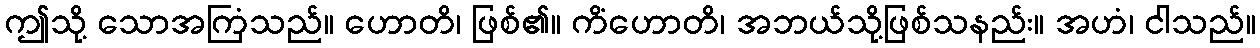
ဤသို့ သောအကြံသည်။ ဟောတိ၊ ဖြစ်၏။ ကိံဟောတိ၊ အဘယ်သို့ဖြစ်သနည်း။ အဟံ၊ ငါသည်။